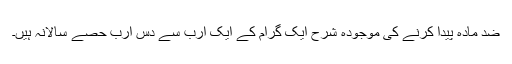
ضد مادّہ پیدا کرنے کی موجودہ شرح ایک گرام کے ایک ارب سے دس ارب حصّے سالانہ ہیں۔